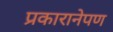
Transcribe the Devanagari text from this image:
प्रकारानेपण